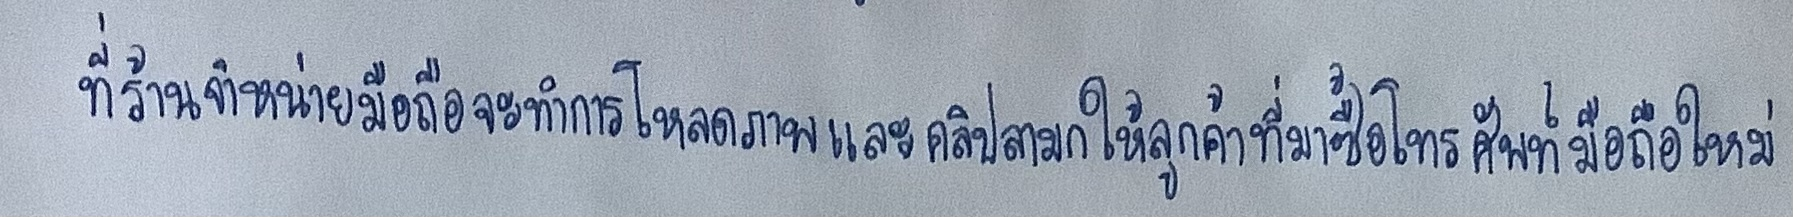
ที่ร้านจำหน่ายมือถือจะทำการโหลดภาพและคลิปลามกให้ลูกค้าที่มาซื้อโทรศัพท์มือถือใหม่